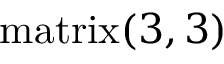
\mathrm { m a t r i x } ( 3 , 3 )